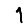
Digit: 1